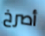
أصرخ